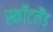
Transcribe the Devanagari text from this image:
स्कॉटलैंड़